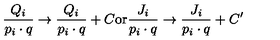
\frac { Q _ { i } } { p _ { i } \cdot q } \rightarrow \frac { Q _ { i } } { p _ { i } \cdot q } + C \mathrm { o r } \frac { J _ { i } } { p _ { i } \cdot q } \rightarrow \frac { J _ { i } } { p _ { i } \cdot q } + C ^ { \prime }